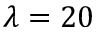
\lambda = 2 0